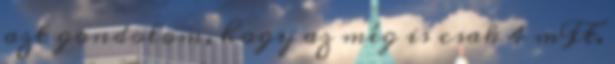
azt gondolom, hogy az még is csak 4 mFt.